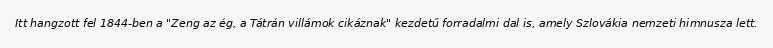
Itt hangzott fel 1844-ben a "Zeng az ég, a Tátrán villámok cikáznak" kezdetű forradalmi dal is, amely Szlovákia nemzeti himnusza lett.